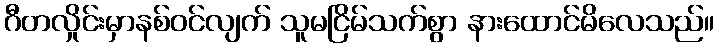
ဂီတလှိုင်းမှာနစ်ဝင်လျက် သူမငြိမ်သက်စွာ နားထောင်မိလေသည်။